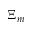
\Xi _ { m }